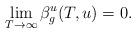
LaTeX: \begin{align*}\lim_{T\rightarrow \infty}\beta_g^u(T,u)=0.\end{align*}